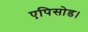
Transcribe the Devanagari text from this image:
एपिसोड।